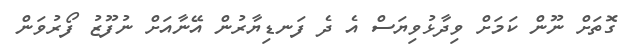
ގޮތަށް ނޫން ކަމަށް ވިދާޅުވިޔަސް އެ ދެ ފަނޑިޔާރުން އޭނާއަށް ނުފޫޒު ފޯރުވަން